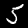
Digit: 5